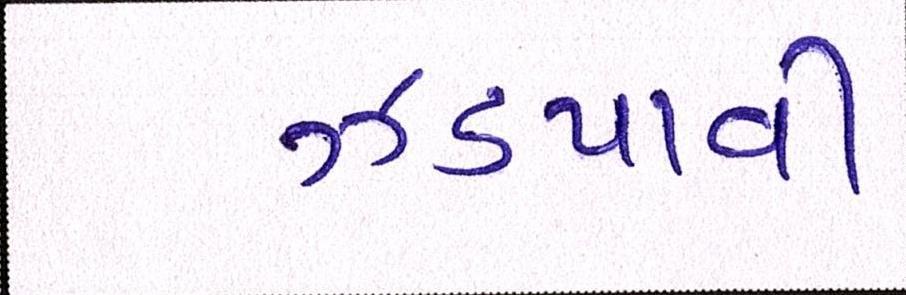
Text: ઝડપાવી